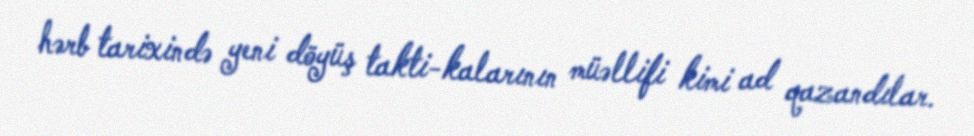
hərb tarixində yeni döyüş takti­kalarının müəllifi kimi ad qazandılar.